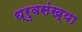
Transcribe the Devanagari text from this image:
ध्रुवसंख्या